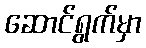
ဆောင်ရွက်မှာ